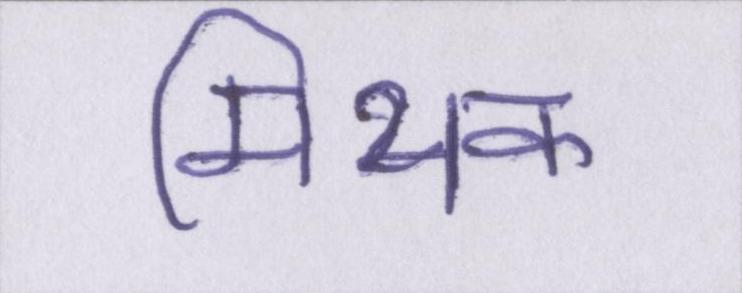
मिथक